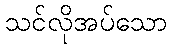
သင်လိုအပ်သော